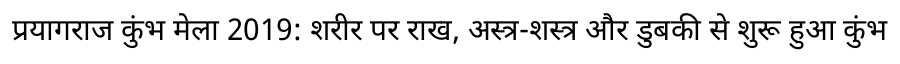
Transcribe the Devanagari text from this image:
प्रयागराज कुंभ मेला 2019: शरीर पर राख, अस्त्र-शस्त्र और डुबकी से शुरू हुआ कुंभ